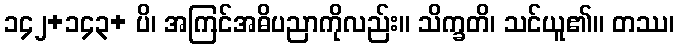
၁၄၂+၁၄၃+ ပိ၊ အကြင်အဓိပညာကိုလည်း။ သိက္ခတိ၊ သင်ယူ၏။ တဿ၊